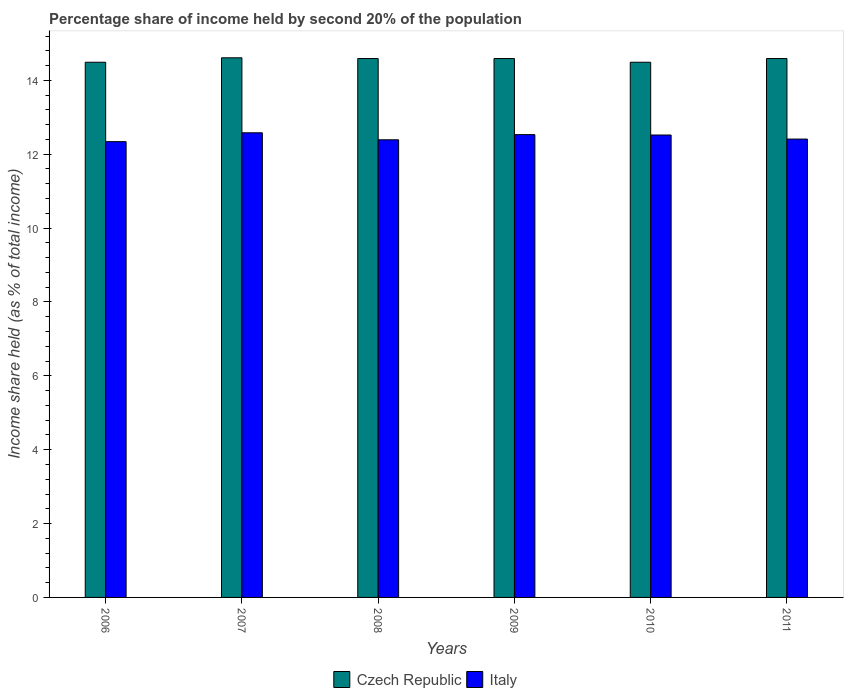
| Years | Czech Republic | Italy |
 | --- | --- | --- |
 | 2006 | 14.5 | 12.3 |
 | 2007 | 14.6 | 12.6 |
 | 2008 | 14.6 | 12.4 |
 | 2009 | 14.6 | 12.5 |
 | 2010 | 14.5 | 12.5 |
 | 2011 | 14.6 | 12.4 |